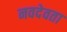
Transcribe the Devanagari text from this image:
नवदेवता